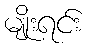
မျိုးရင်း